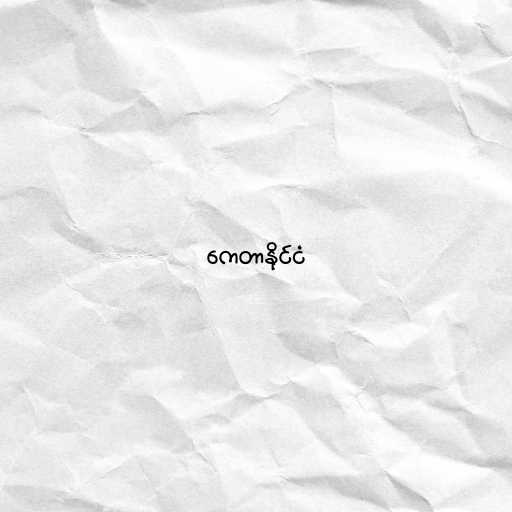
ကေတာနိုင်ငံ